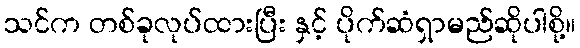
သင်က တစ်ခုလုပ်ထားပြီး နှင့် ပိုက်ဆံရှာမည်ဆိုပါစို့။